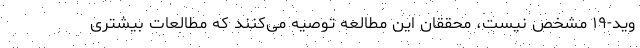
وید-۱۹ مشخص نیست، محققان این مطالعه توصیه می‌کنند که مطالعات بیشتری